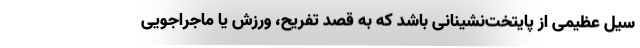
سیل عظیمی از پایتخت‌نشینانی باشد که به قصد تفریح، ورزش یا ماجراجویی